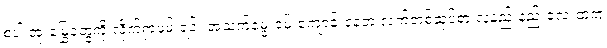
စပါးအုံးမြွေတွေကို လိုက်ရှာဖမ်းရင်း အသက်မွေးဝမ်းကျောင်းနေတဲ့ လက်တစ်ဆုပ်စာ လူနည်းနည်းလေးထဲက